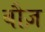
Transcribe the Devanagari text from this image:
बौज़